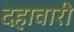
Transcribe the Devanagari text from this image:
दहावारी